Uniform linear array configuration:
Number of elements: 48
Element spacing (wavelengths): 0.75
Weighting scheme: hann
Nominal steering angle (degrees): -15
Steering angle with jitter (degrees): -13.457
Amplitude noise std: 0.05
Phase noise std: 0.05

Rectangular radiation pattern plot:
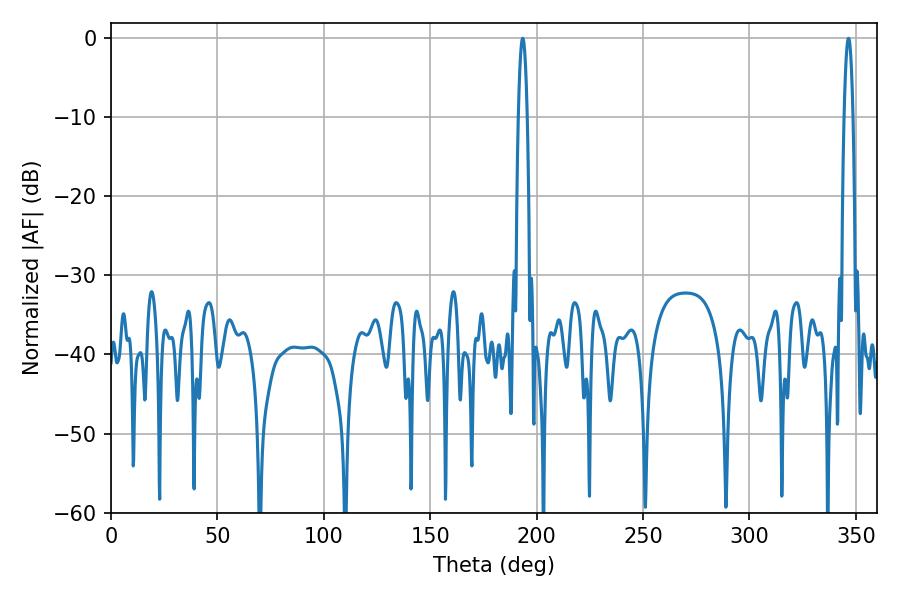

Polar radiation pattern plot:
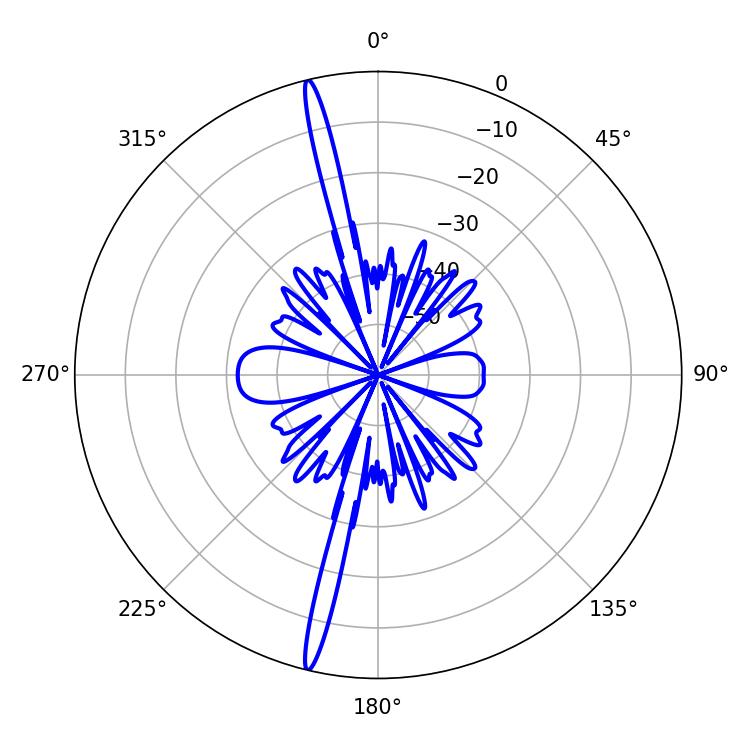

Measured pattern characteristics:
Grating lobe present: TRUE
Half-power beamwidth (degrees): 2.16
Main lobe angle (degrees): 346.5